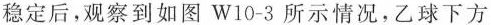
稳定后，观察到如图W10-3所示情况，乙球下方